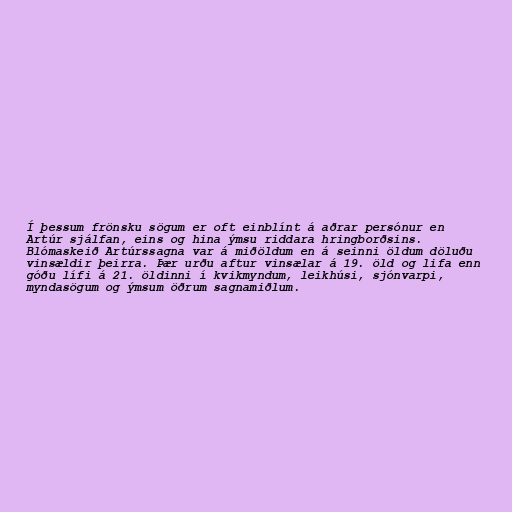
Í þessum frönsku sögum er oft einblínt á aðrar persónur en
Artúr sjálfan, eins og hina ýmsu riddara hringborðsins.
Blómaskeið Artúrssagna var á miðöldum en á seinni öldum döluðu
vinsældir þeirra. Þær urðu aftur vinsælar á 19. öld og lifa enn
góðu lífi á 21. öldinni í kvikmyndum, leikhúsi, sjónvarpi,
myndasögum og ýmsum öðrum sagnamiðlum.